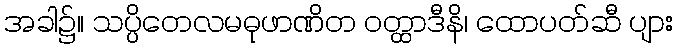
အခါ၌။ သပ္ပိတေလမဓုဖာဏိတ ဝတ္ထာဒီနိ၊ ထောပတ်ဆီ ပျား